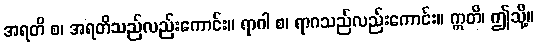
အရတိ စ၊ အရတိသည်လည်းကောင်း။ ရာဂါ စ၊ ရာဂသည်လည်းကောင်း။ ဣတိ၊ ဤသို့။